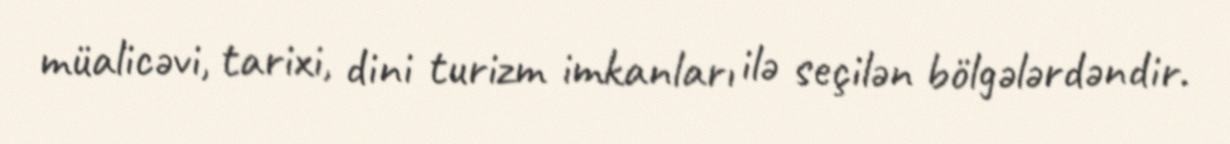
müalicəvi, tarixi, dini turizm imkanları ilə seçilən bölgələrdəndir.